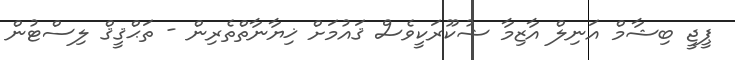
ޕީޖީ ބިޝާމް އަނިލް އާޒިމާ ޝުކޫރަކީވެސް ޤައުމަށް ޚިޔާނާތްތެރިން - ތަޙްޤީޤް ލިސްޓުން